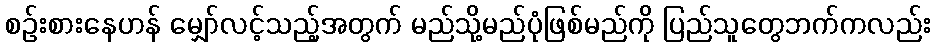
စဉ်းစားနေဟန် မျှော်လင့်သည့်အတွက် မည်သို့မည်ပုံဖြစ်မည်ကို ပြည်သူတွေဘက်ကလည်း